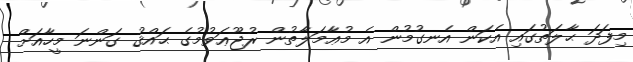
މިފަދަ ޙާލަތުގައި އެކަން އެނގުމުން އެ މުޢާމަލާތުން ރުޖޫޢަވުމުގެ ޙައްޤު ގަންނަ މީހާއަށް